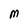
Character: M